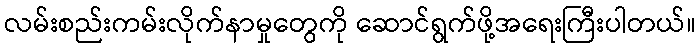
လမ်းစည်းကမ်းလိုက်နာမှုတွေကို ဆောင်ရွက်ဖို့အရေးကြီးပါတယ်။